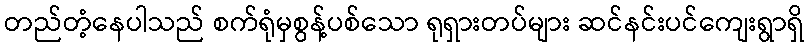
တည်တံ့နေပါသည် စက်ရုံမှစွန့်ပစ်သော ရုရှားတပ်များ ဆင်နင်းပင်ကျေးရွာရှိ